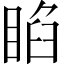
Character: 𥇌